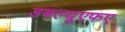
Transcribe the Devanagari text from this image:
डबल्यूएफए